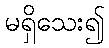
မရှိသေး၍